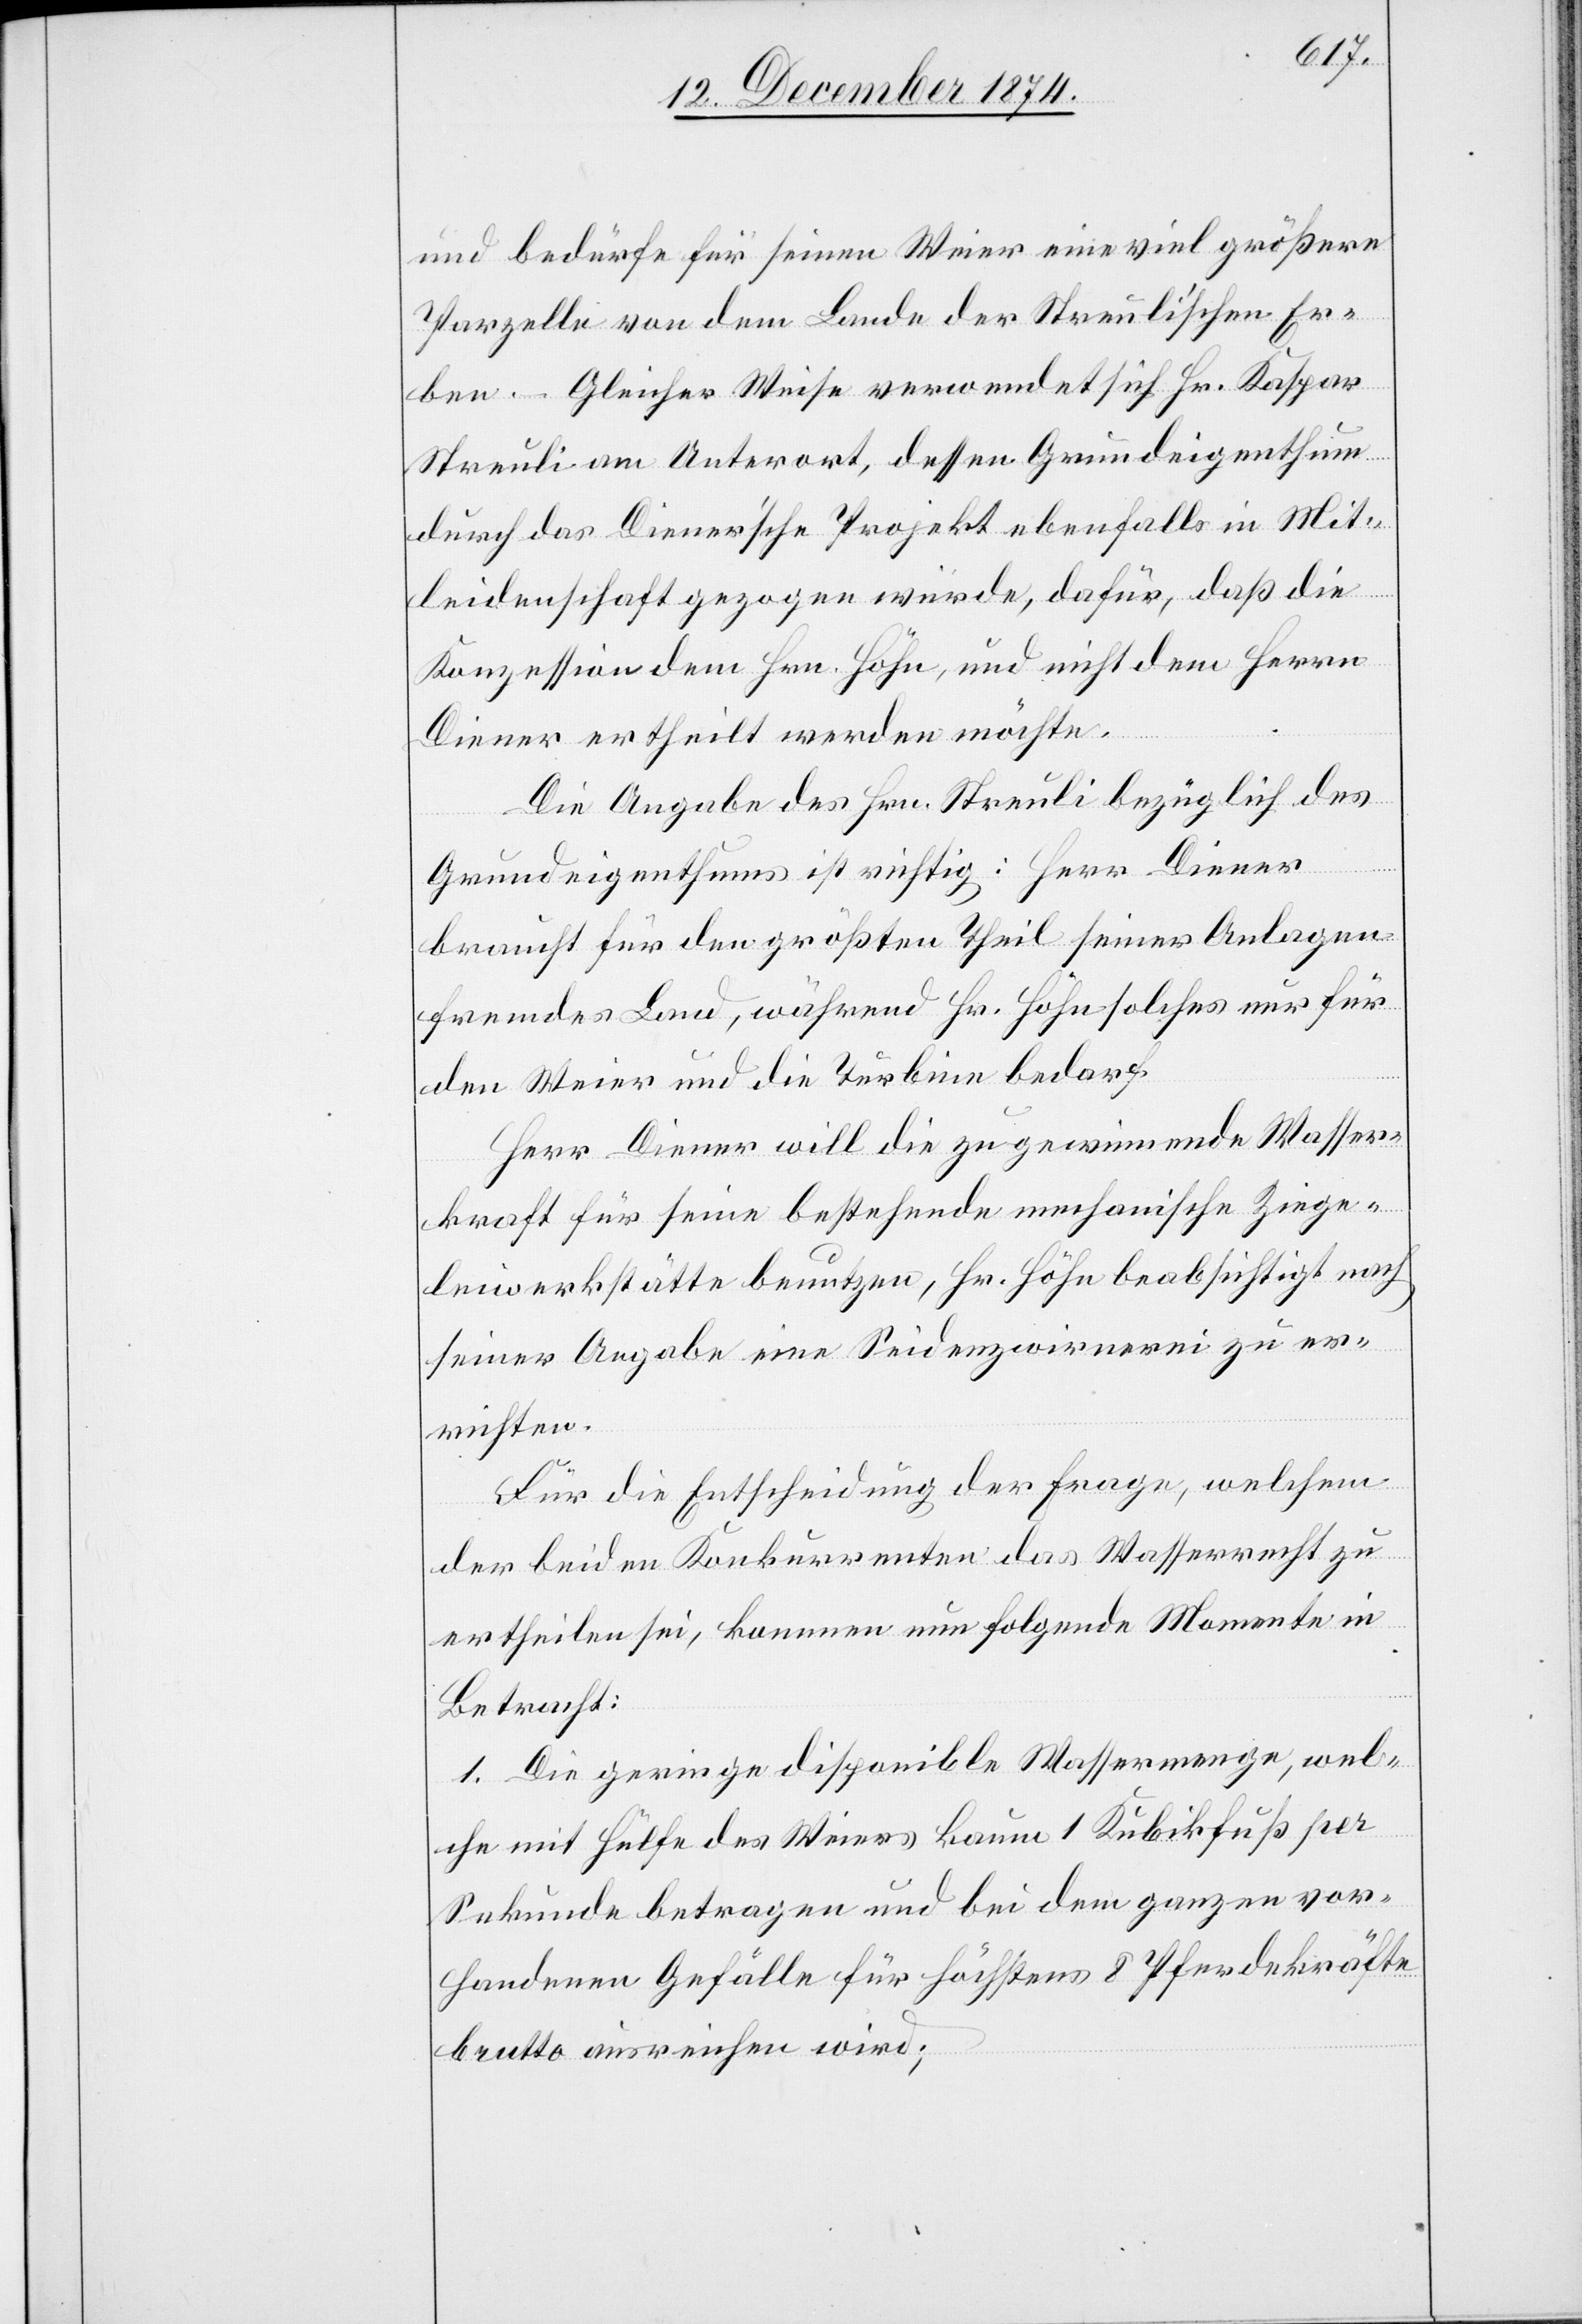
und bedürfe für seinen Weier eine viel größere
Parzelle von dem Lande der Streuli’schen Er¬
ben. – Gleicher Weise verwendet sich Hr. Kaspar
Streuli am Unterort, dessen Grundeigenthum
durch das Diener’sche Projekt ebenfalls in Mit¬
leidenschaft gezogen würde, dafür, daß die
Konzession dem Hrn. Höhn, und nicht dem Herrn
Diener ertheilt werden möchte.
Die Angabe des Hrn. Streuli bezüglich des
Grundeigenthums ist richtig: Herr Diener
braucht für den größten Theil seiner Anlagen
fremdes Land, während Hr. Höhn solches nur für
den Weier und die Turbine bedarf.
Herr Diener will die zu gewinnende Wasser¬
kraft für seine bestehende mechanische Ziege¬
leiwerkstätte benutzen, Hr. Höhn beabsichtigt nach
seiner Angabe eine Seidenzwirnerei zu er¬
richten.
Für die Entscheidung der Frage, welchem
der beiden Konkurrenten das Wasserrecht zu
ertheilen sei, kommen nun folgende Momente in
Betracht:
1. Die geringe disponible Wassermenge, wel¬
che mit Hülfe des Weiers kaum 1 Kubikfuß per
Sekunde betragen und bei dem ganzen vor¬
handenen Gefälle für höchstens 8 Pferdekräfte
brutto ausreichen wird;